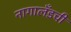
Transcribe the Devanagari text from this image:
नागालँडची